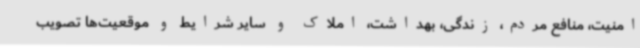
امنیت، منافع مردم، زندگی، بهداشت، املاک و سایر شرایط و موقعیت‌ها تصویب